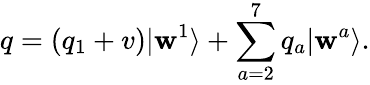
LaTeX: q=(q_{1}+v)|\mathbf{w}^{1}\rangle+\sum_{a=2}^{7}{q_{a}|\mathbf{w}^{a}\rangle}.